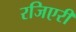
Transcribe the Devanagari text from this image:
रजिएरी